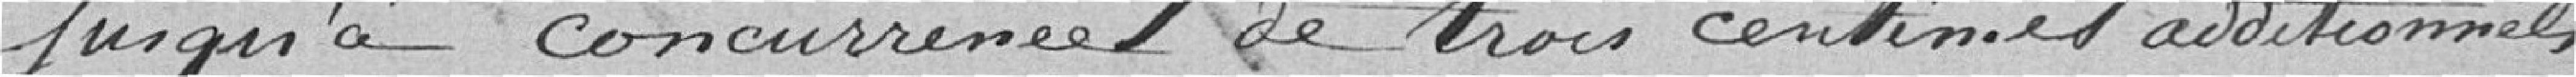
jusqu'à concurrence de trois centimes additionnels